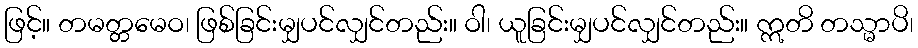
ဖြင့်။ တမတ္တမေဝ၊ ဖြစ်ခြင်းမျှပင်လျှင်တည်း။ ဝါ၊ ယူခြင်းမျှပင်လျှင်တည်း။ ဣတိ တသ္မာပိ၊